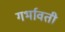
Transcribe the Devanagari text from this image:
गर्भावती